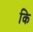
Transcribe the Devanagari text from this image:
कि